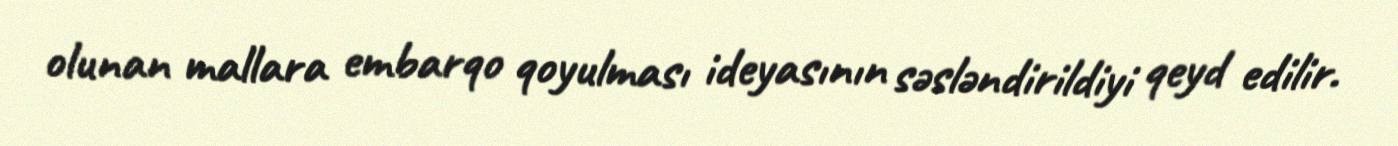
olunan mallara embarqo qoyulması ideyasının səsləndirildiyi qeyd edilir.